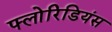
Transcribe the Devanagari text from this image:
फ्लोरिडियंस